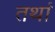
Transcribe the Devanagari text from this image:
तथां